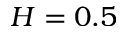
H = 0 . 5